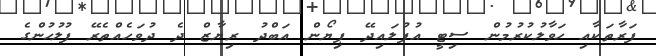
ފަރާތަކާއި ހަވާލުކުރުމުން ސިޓީ އުފުލައިދޭ ޕިޔޯން އަބްދު ރިޔާޒް ދެ ދުވަހެއްތެރޭ ފުލުހުންގެ